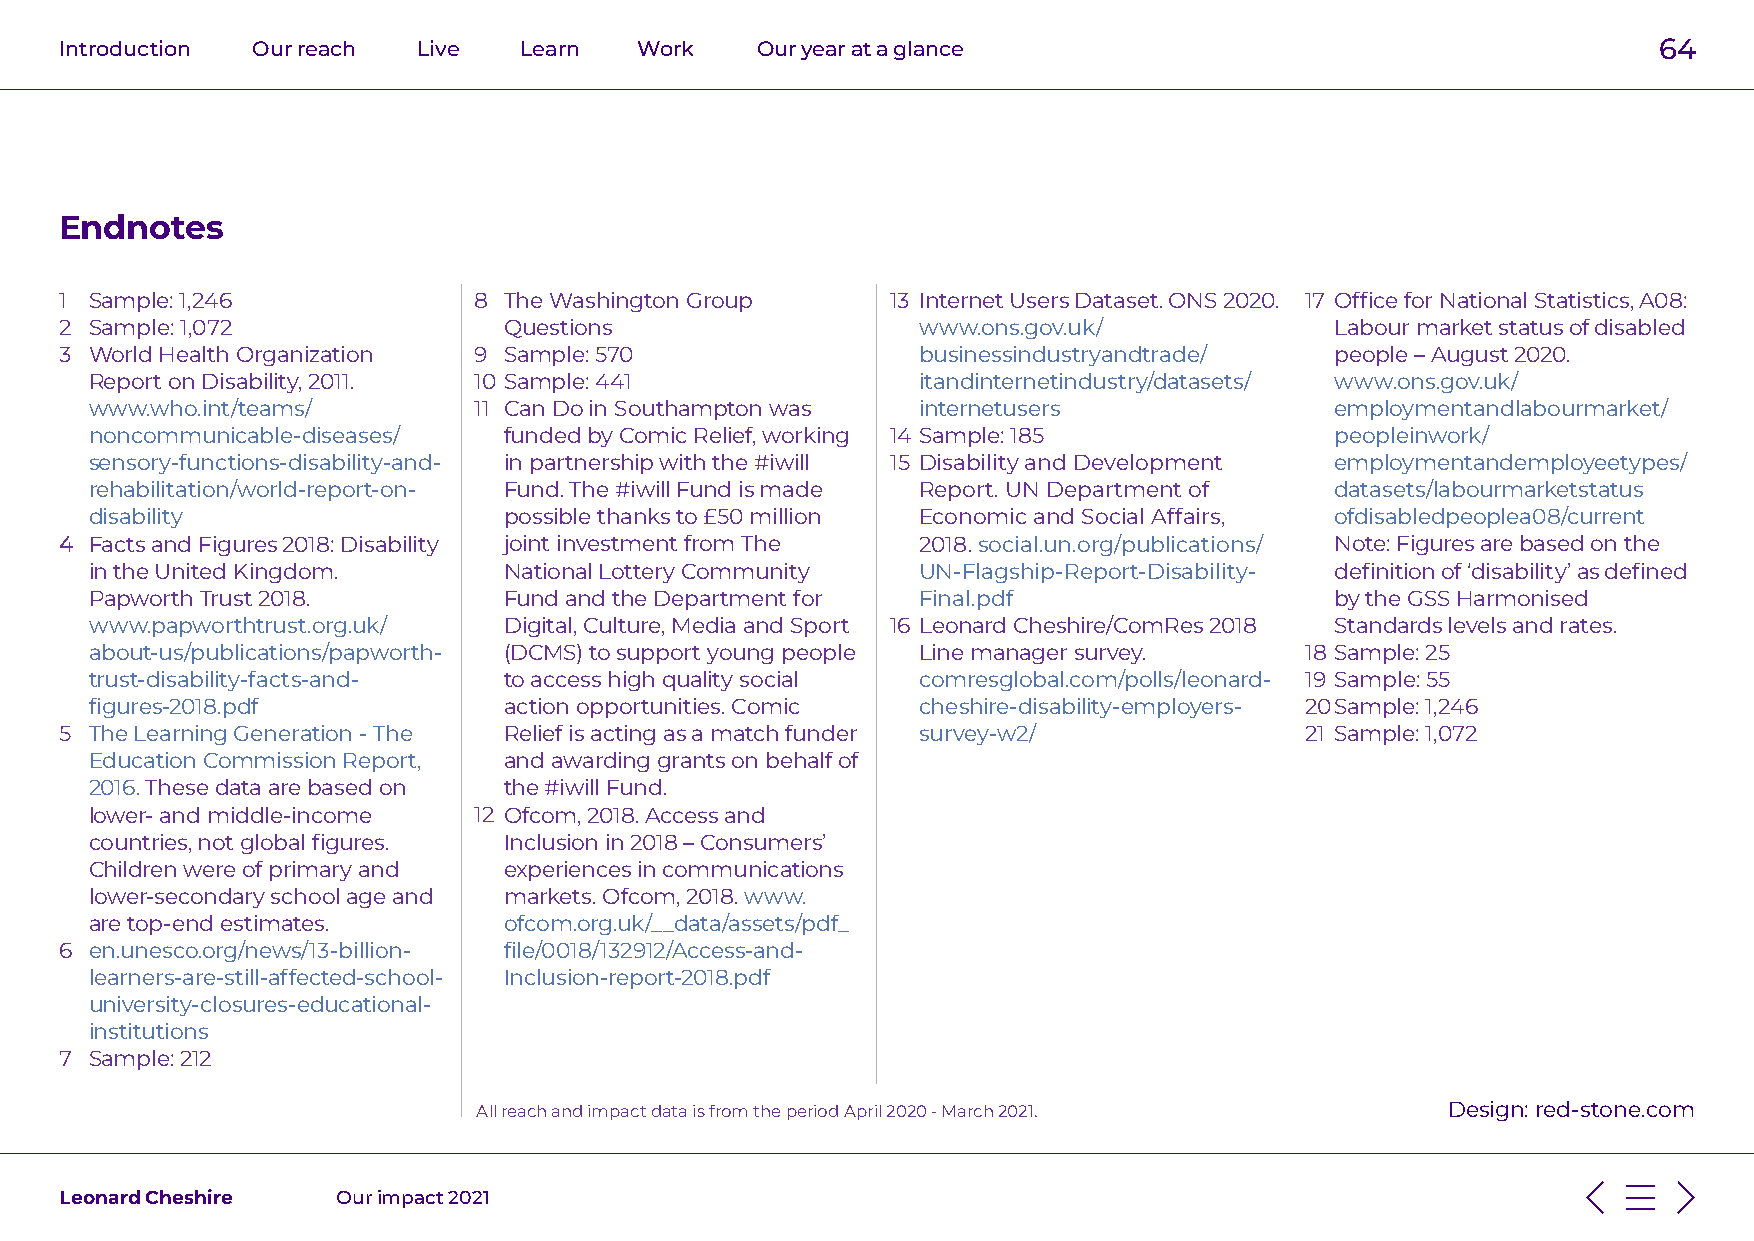
Introduction Our reach  Live  Learn   Work    Our year at a glance                                        64
 Endnotes
 1 Sample: 1,246            8 The Washington Group      13 Internet Users Dataset. ONS 2020. 17 Office for National Statistics, A08:
 2 Sample: 1,072              Questions                   www.ons.gov.uk/            Labour market status of disabled
 3 World Health Organization 9 Sample: 570                businessindustryandtrade/  people – August 2020.
 Report on Disability, 2011. 10 Sample: 441             itandinternetindustry/datasets/ www.ons.gov.uk/
 www.who.int/teams/       11 Can Do in Southampton was  internetusers              employmentandlabourmarket/
 noncommunicable-diseases/  funded by Comic Relief, working 14 Sample: 185         peopleinwork/
 sensory-functions-disability-and- in partnership with the #iwill 15 Disability and Development employmentandemployeetypes/
 rehabilitation/world-report-on- Fund. The #iwill Fund is made Report. UN Department of datasets/labourmarketstatus
 disability                 possible thanks to £50 million Economic and Social Affairs, ofdisabledpeoplea08/current
 44 Facts and Figures 2018: Disability joint investment from The 2018. social.un.org/publications/ Note: Figures are based on the
 in the United Kingdom.     National Lottery Community  UN-Flagship-Report-Disability- definition of ‘disability’ as defined
 Papworth Trust 2018.       Fund and the Department for Final.pdf                  by the GSS Harmonised
 www.papworthtrust.org.uk/  Digital, Culture, Media and Sport 16 Leonard Cheshire/ComRes 2018 Standards levels and rates.
 about-us/publications/papworth- (DCMS) to support young people Line manager survey. 18 Sample: 25
 trust-disability-facts-and- to access high quality social comresglobal.com/polls/leonard- 19 Sample: 55
 figures-2018.pdf           action opportunities. Comic cheshire-disability-employers- 20 Sample: 1,246
 5 The Learning Generation - The Relief is acting as a match funder survey-w2/     21 Sample: 1,072
 Education Commission Report, and awarding grants on behalf of
 2016. These data are based on the #iwill Fund.
 lower- and middle-income 12 Ofcom, 2018. Access and
 countries, not global figures. Inclusion in 2018 – Consumers’
 Children were of primary and experiences in communications
 lower-secondary school age and markets. Ofcom, 2018. www.
 are top-end estimates.     ofcom.org.uk/__data/assets/pdf_
 66 en.unesco.org/news/13-billion- file/0018/132912/Access-and-
 learners-are-still-affected-school- Inclusion-report-2018.pdf
 university-closures-educational-
 institutions
 7 Sample: 212
 All reach and impact data is from the period April 2020 - March 2021. Design: red-stone.com
 Leonard Cheshire  Our impact 2021